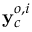
\mathbf { y } _ { c } ^ { o , i }